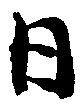
日